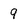
Character: 9